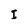
Character: I